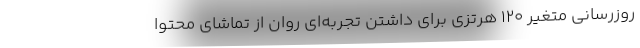
روزرسانی متغیر 120 هرتزی برای داشتن تجربه‌ای روان از تماشای محتوا